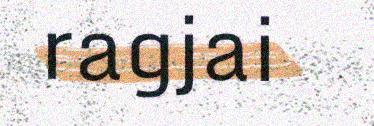
ragjai